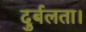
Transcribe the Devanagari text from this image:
दुर्बलता।